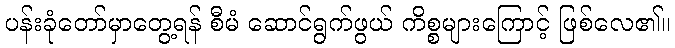
ပန်းခုံတော်မှာတွေ့ရန် စီမံ ဆောင်ရွက်ဖွယ် ကိစ္စများကြောင့် ဖြစ်လေ၏။